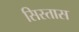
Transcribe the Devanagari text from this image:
सिस्तास